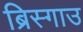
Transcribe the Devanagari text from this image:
ब्रिस्गाउ